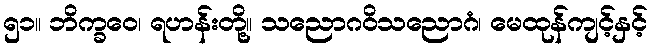
၅၁။ ဘိက္ခဝေ၊ ရဟန်းတို့။ သညောဂဝိသညောဂံ၊ မေထုန်ကျင့်နှင့်